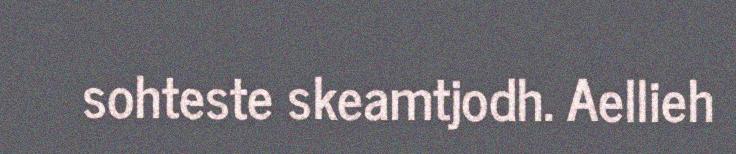
sohteste skeamtjodh. Aellieh